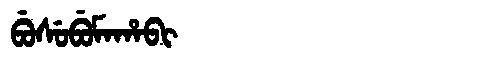
Manchu: ᠪᡠᠰᡠᠪᡠᠮᠠᡥᠠᠪᡳ
Romanization: BUSUBUMAHABI